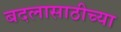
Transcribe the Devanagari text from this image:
बदलासाठीच्या